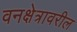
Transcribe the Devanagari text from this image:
वनक्षेत्रावरील